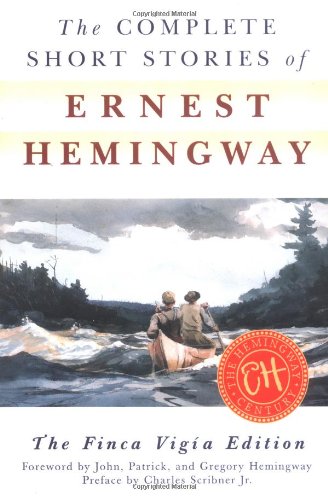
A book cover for The Complete Short Stories of Ernest Hemingway: The Finca Vigia Edition; Ernest Hemingway; Literature & Fiction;